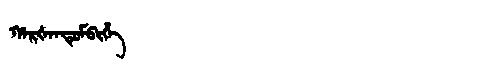
Manchu: ᡥᠠᡵᡧᠠᠨᡩᡠᠮᠪᡳᡥᡝ
Romanization: HARŠANDUMBIHE